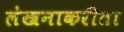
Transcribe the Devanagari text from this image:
लेखनाकरीता